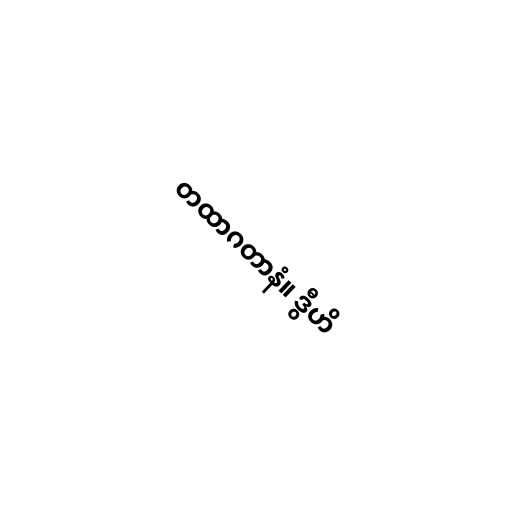
တထာဂတာနံ။ ဒွီဟိ